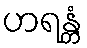
ဟရန္တံ